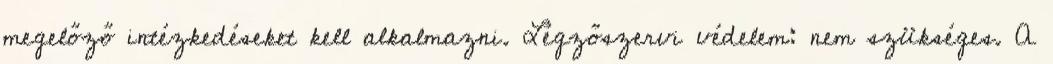
megelőző intézkedéseket kell alkalmazni. Légzőszervi védelem: nem szükséges. A